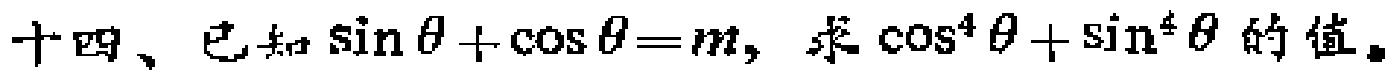
十四、已知\(\sin\theta+\cos\theta = m\)，求\(\cos^{4}\theta+\sin^{4}\theta\)的值。